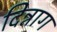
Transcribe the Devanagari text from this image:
दिन्नाग